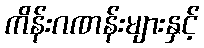
ကိန်းဂဏန်းများနှင့်